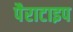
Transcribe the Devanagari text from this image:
पैराटाइप